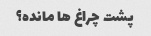
پشت چراغ ها مانده؟